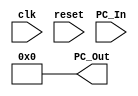
module Program_Counter
(
  input clk, reset,
  input [63:0] PC_In,
  output reg [63:0] PC_Out
);

always @ (!reset)
  PC_Out = 64'b0;
  
always @ (posedge clk & reset)
  PC_Out = PC_In;

endmodule